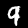
Label: 9